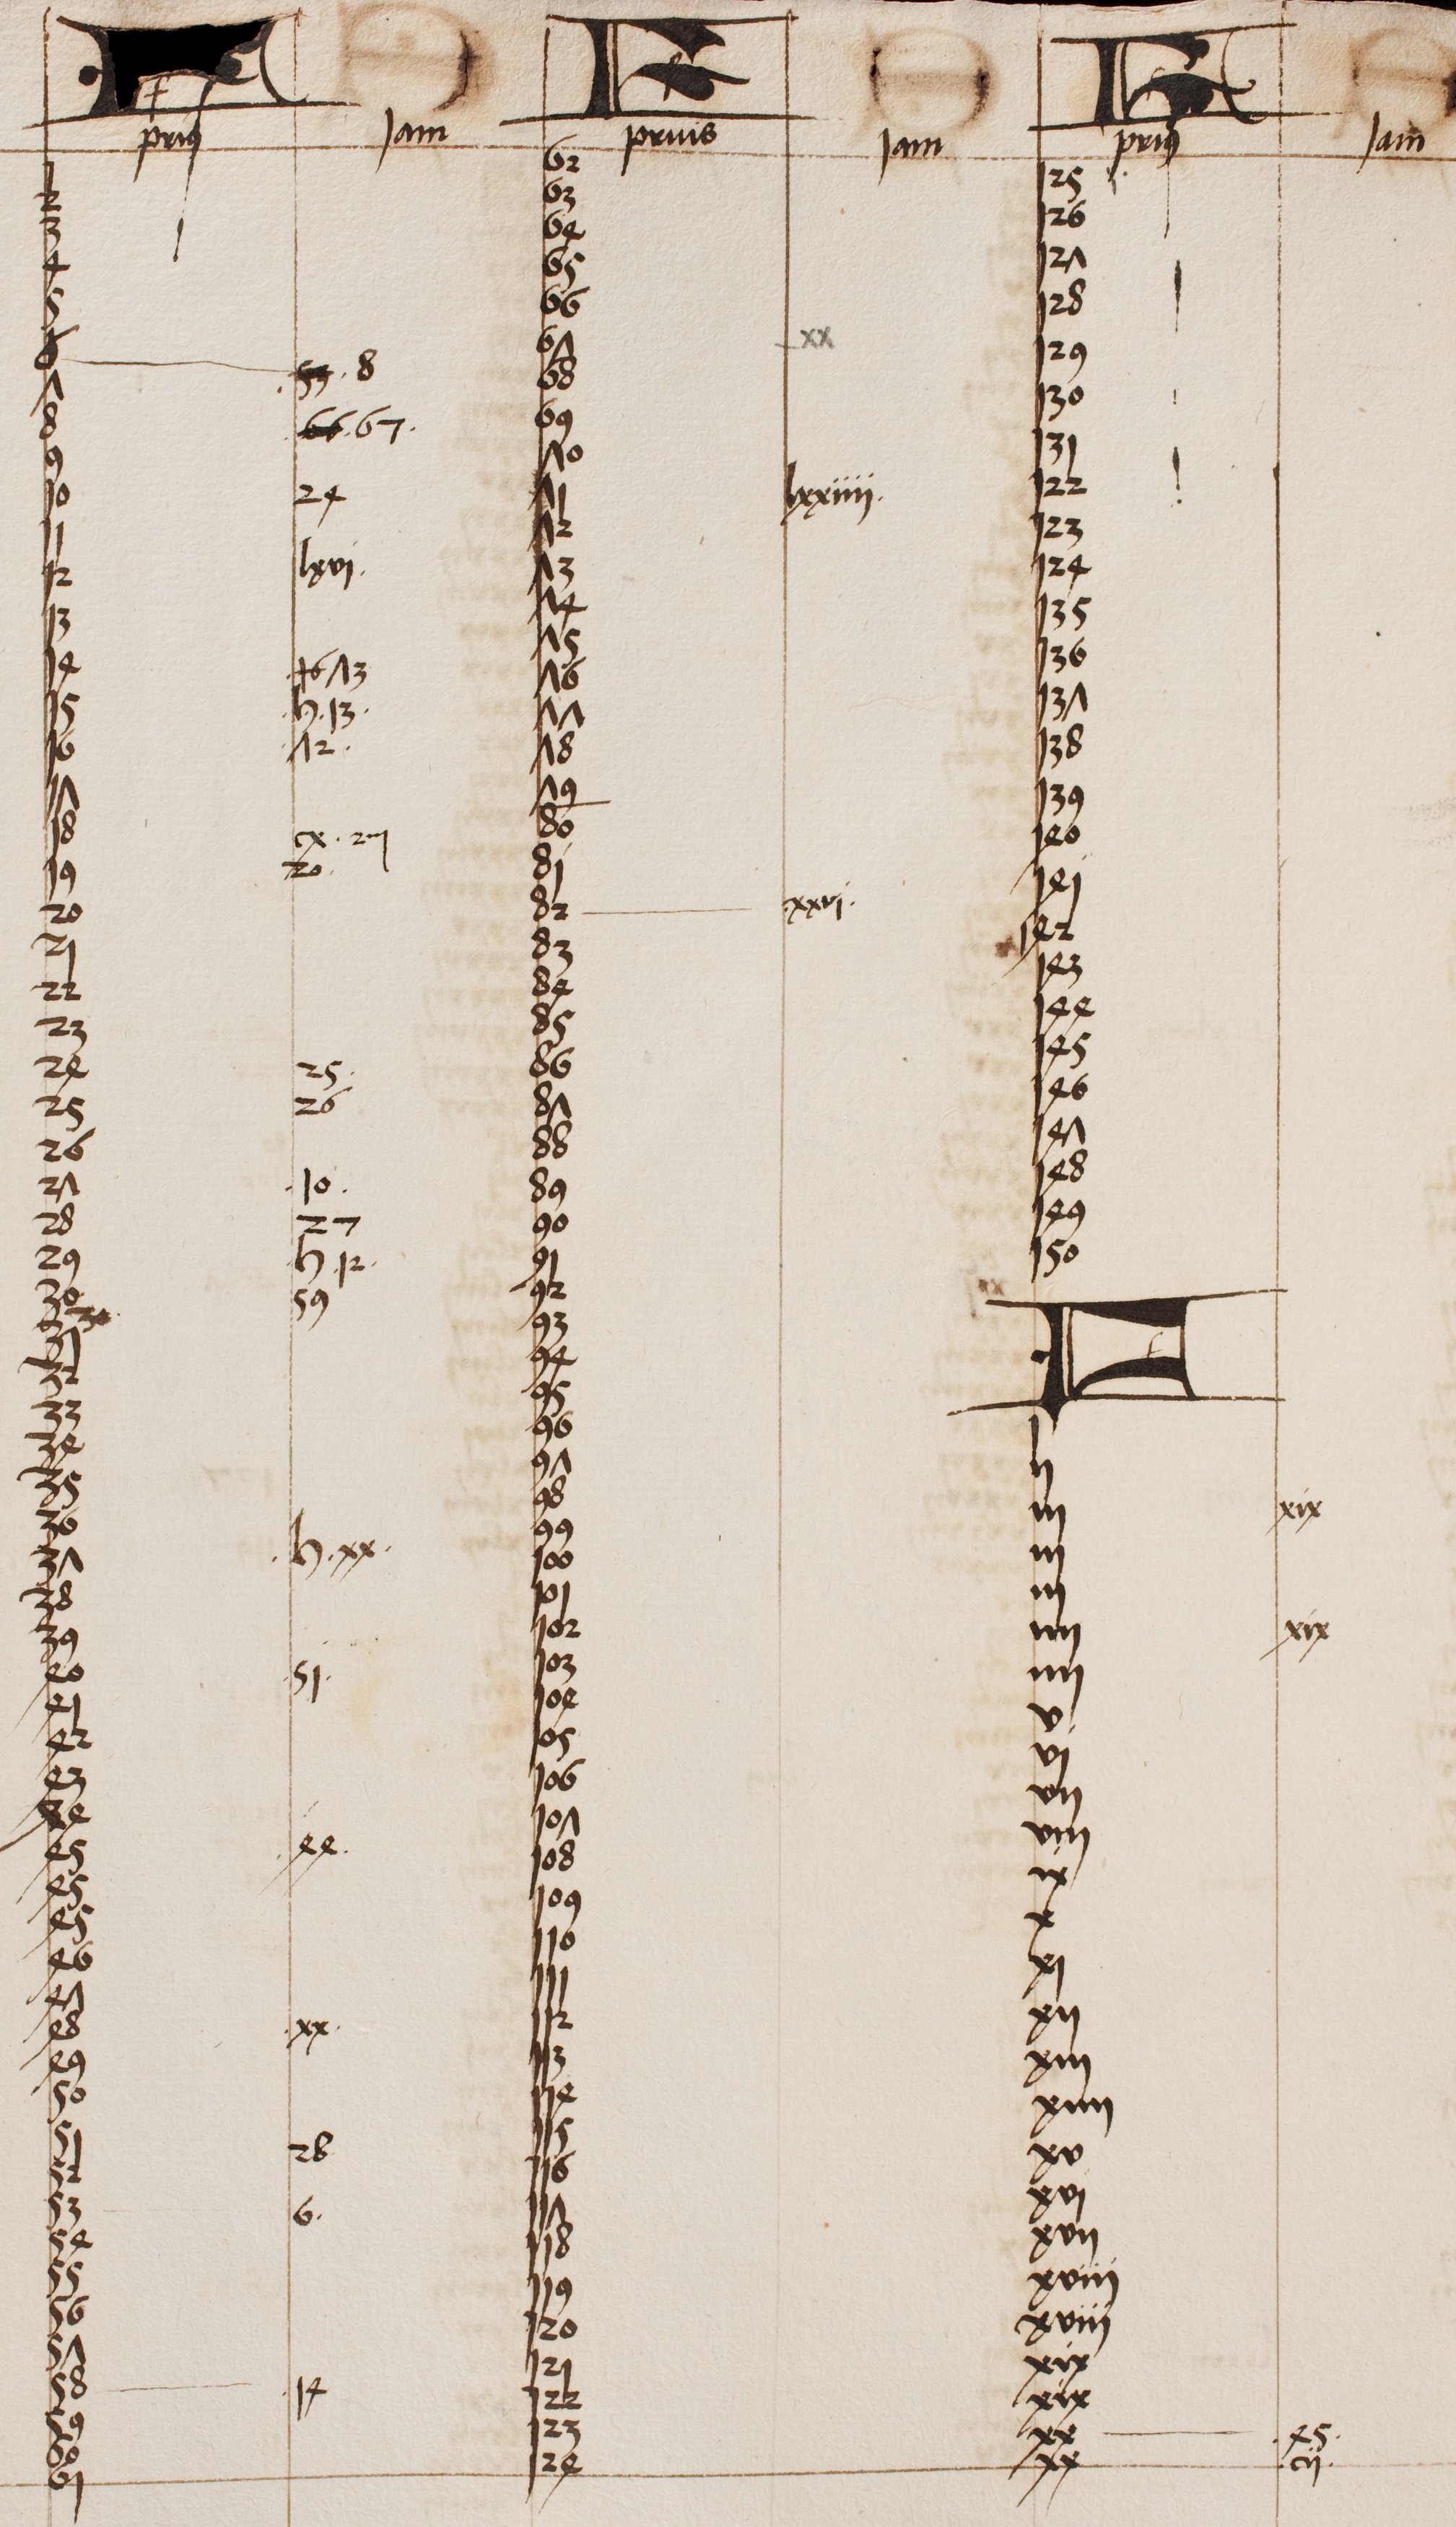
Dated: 1500–1530